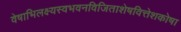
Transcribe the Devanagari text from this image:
वेषाभिलक्ष्यस्वभवनविजिताशेषवित्तेशकोषा